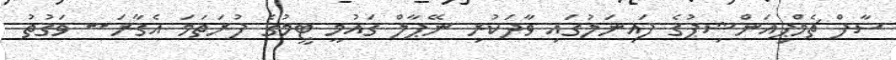
ސާފް ޗެމްޕިއަންޝިޕުގެ ފައިނަލުގައި ވާދަކުރި ނޭޕާލް ގައުމީ ޓީމުގެ ފުރަތަމަ އެގާރަ-- ވަގުތު